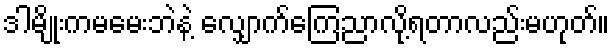
ဒါမျိုးကမမေးဘဲနဲ့ လျှောက်ကြေညာလို့ရတာလည်းမဟုတ်။